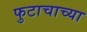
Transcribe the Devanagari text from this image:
फुटाचाच्या